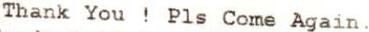
THANK YOU ! PLS COME AGAIN.